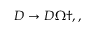
\begin{array} { r } { D \rightarrow D \Omega \dag , , } \end{array}